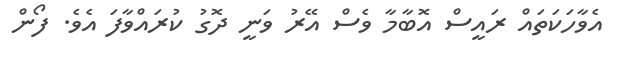
އެވާހަކަތައް ރައީސް އޮބާމާ ވެސް އޭރު ވަނީ ދޮގު ކުރައްވާފަ އެވެ. ފޯން